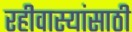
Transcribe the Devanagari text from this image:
रहीवास्यांसाठी